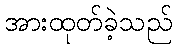
အားထုတ်ခဲ့သည်